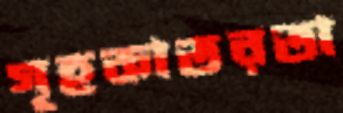
গৃহকাতরতা